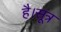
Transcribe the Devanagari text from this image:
है।सूत्र